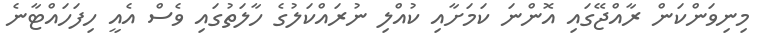
މިނިވަންކަން ރާއްޖޭގައި އޮންނަ ކަމަށާއި ކުއްލި ނުރައްކަލުގެ ހާލަތުގައި ވެސް އެއީ ހިފަހައްޓާނެ